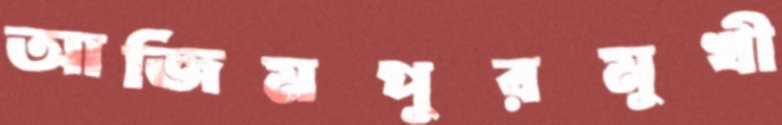
আজিমপুরমুখী